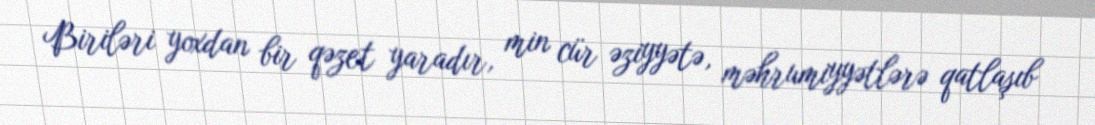
Biriləri yoxdan bir qəzet yaradır, min cür əziyyətə, məhrumiyyətlərə qatlaşıb